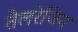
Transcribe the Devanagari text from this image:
तैलरेजिन